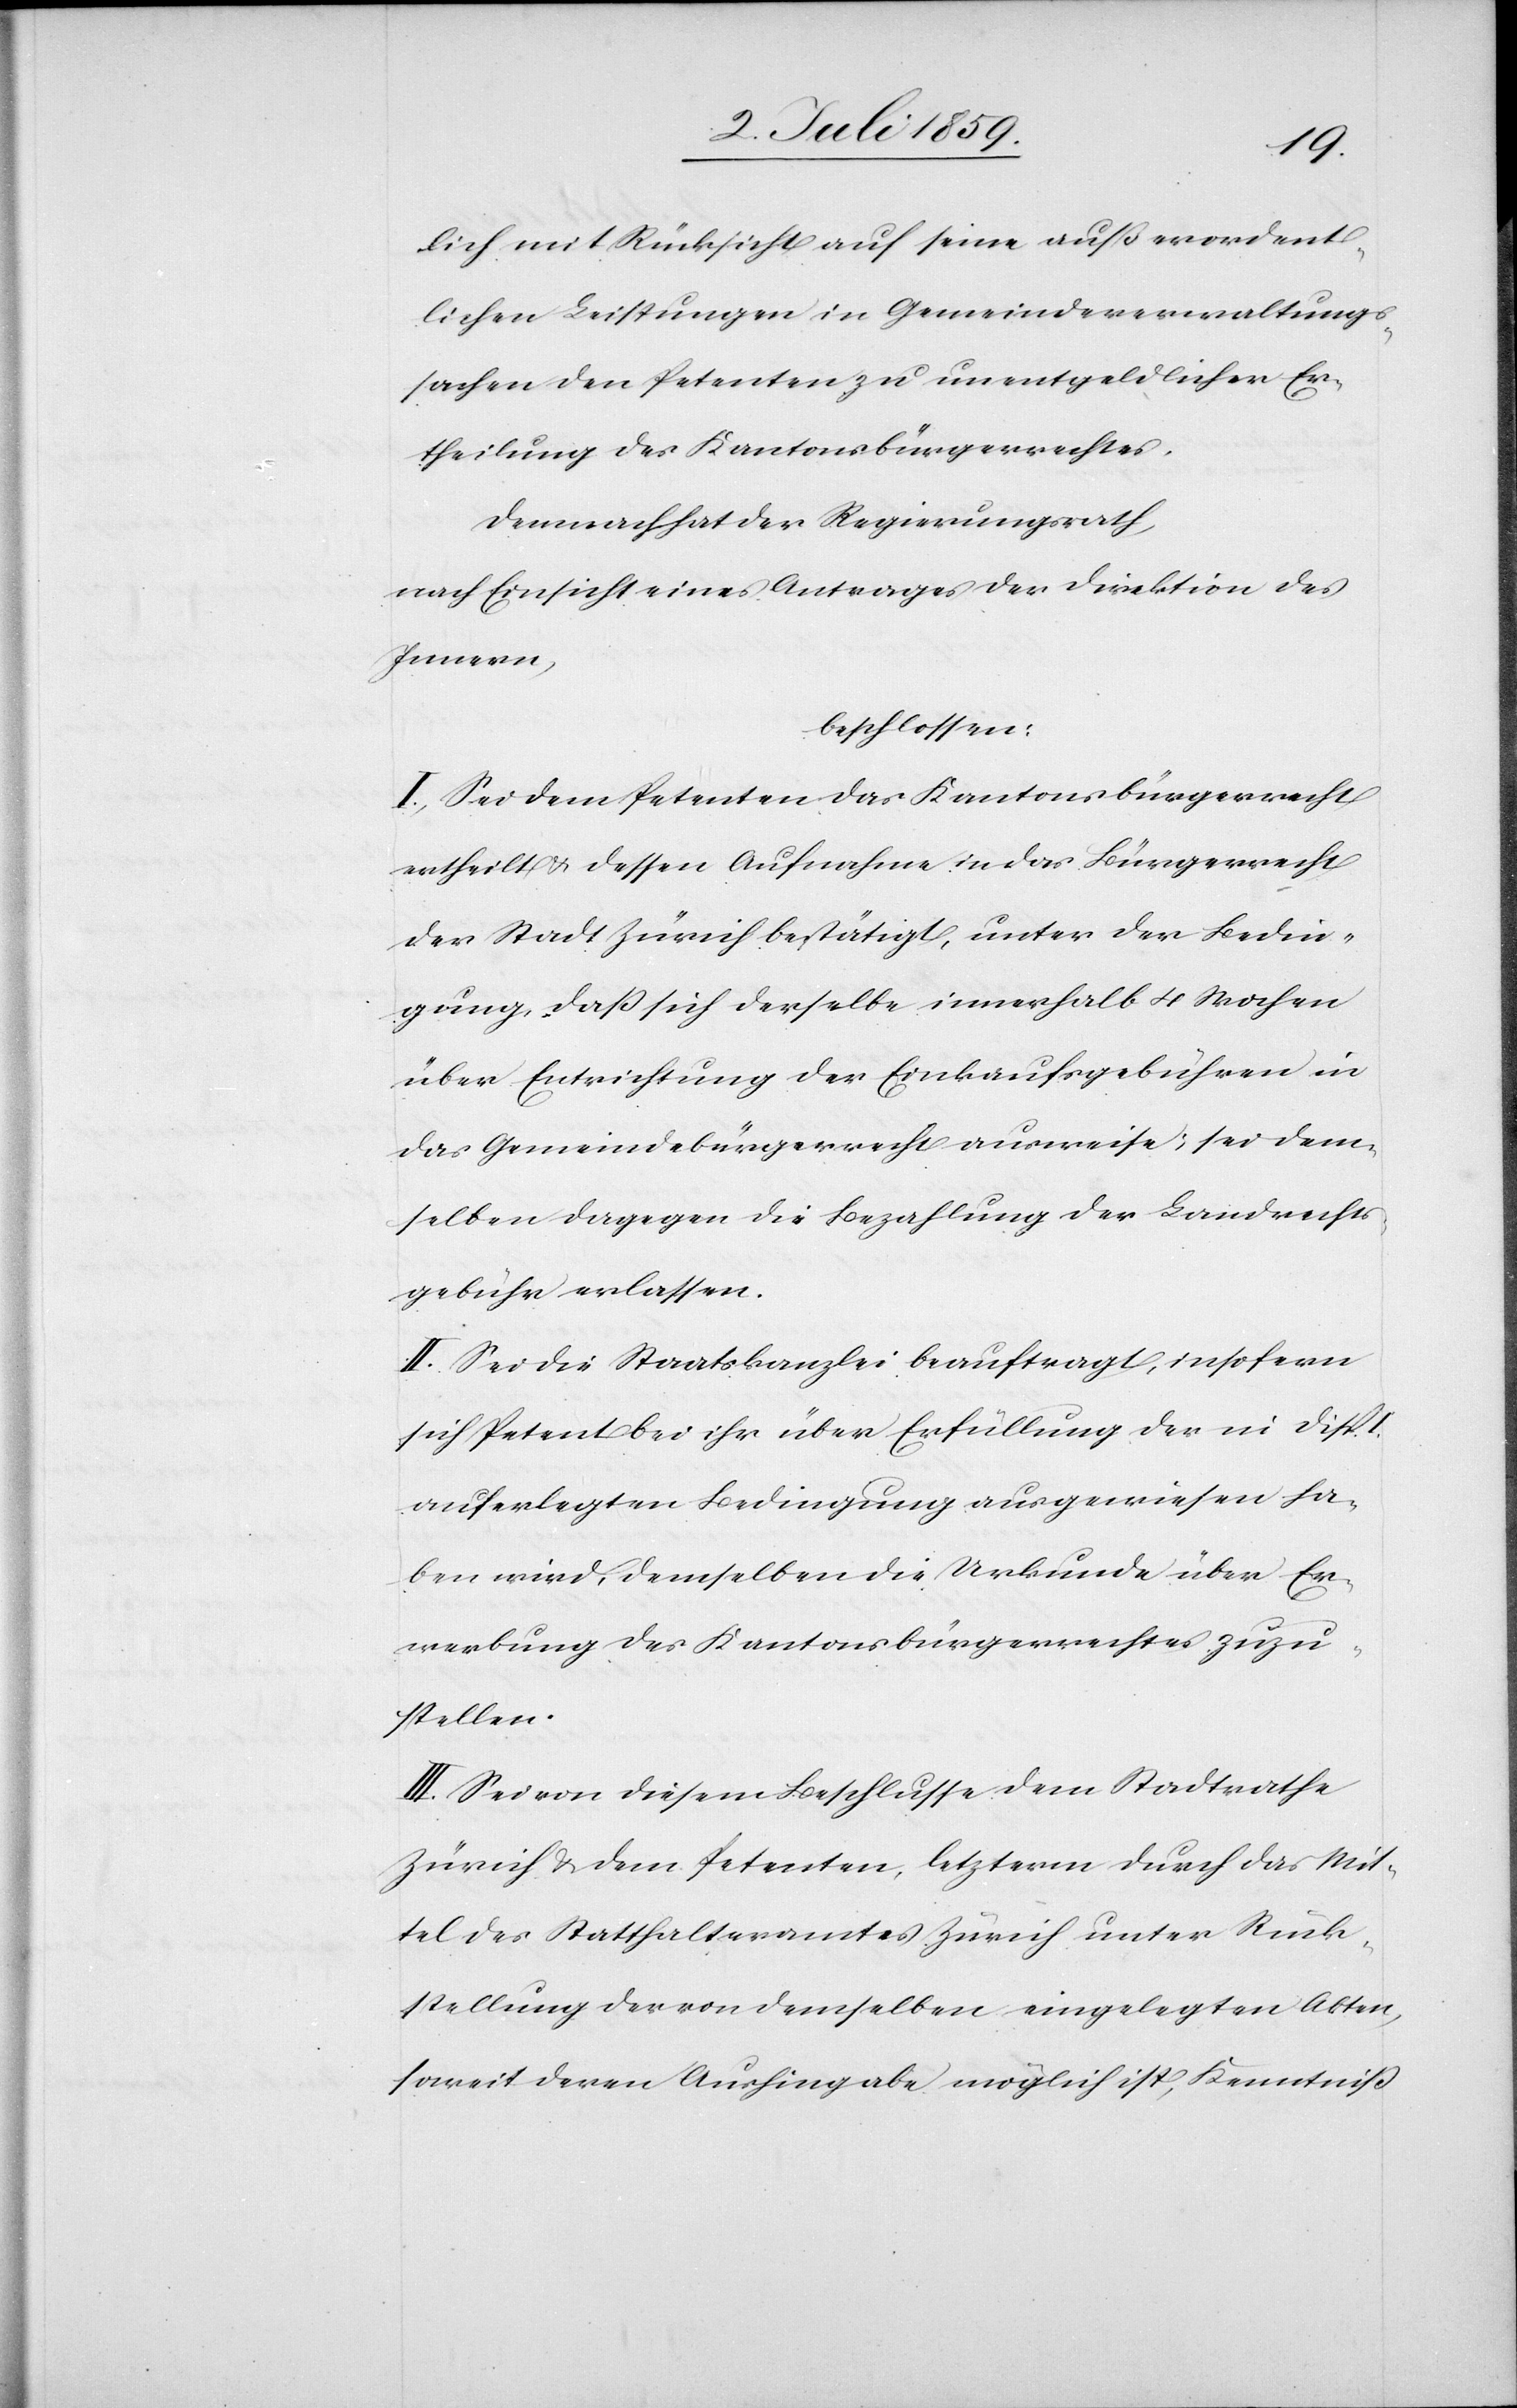
lich mit Rücksicht auf seine außerordent¬
lichen Leistungen in Gemeindeverwaltungs¬
sachen den Petenten zu unentgeldlicher Er¬
theilung des Kantonsbürgerrechtes.
Demnach hat der Regierungsrath,
nach Einsicht eines Antrages der Direktion des
Innern,
beschlossen:
I. Sei dem Petenten das Kantonsbürgerrecht
ertheilt u. dessen Aufnahme in das Bürgerrecht
der Stadt Zürich bestätigt, unter der Bedin¬
gung, daß sich derselbe innerhalb 4 Wochen
über Entrichtung der Einkaufsgebühren in
das Gemeindebürgerrecht ausweise; sei dem¬
selben dagegen die Bezahlung der Landrechts¬
gebühr erlassen.
II. Sei die Staatskanzlei beauftragt, insofern
sich Petent bei ihr über Erfüllung der in Disp.
auferlegten Bedingung ausgewiesen ha¬
ben wird, demselben die Urkunde über Er¬
werbung des Kantonsbürgerrechtes zuzu¬
stellen.
III. Sei von diesem Beschlusse dem Stadtrathe
Zürich u. dem Petenten, letzterm durch das Mit¬
tel des Statthalteramtes Zürich unter Rück¬
stellung der von demselben eingelegten Akten,
soweit deren Aushingabe möglich ist, Kenntniß